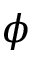
\phi